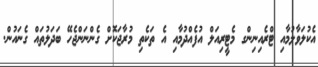
އެކުލަވާލުމާއި ޓްރެއިނިންގ މެޓީރިއަލް އުފެއްދުމާއި އެ ތަކެތި މުރާޖަކޮށް ގެންނަންޖެހޭ ބަދަލުތައް ގެނައުން.